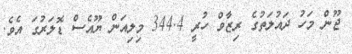
ޖޫން މަހު ދައުލަތުގެ ރިޒާވް ހުރީ 344.4 މިލިއަން ޔޫއެސް ޑޮލަރުގަ އެވެ.